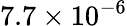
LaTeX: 7.7\times 10^{-6}